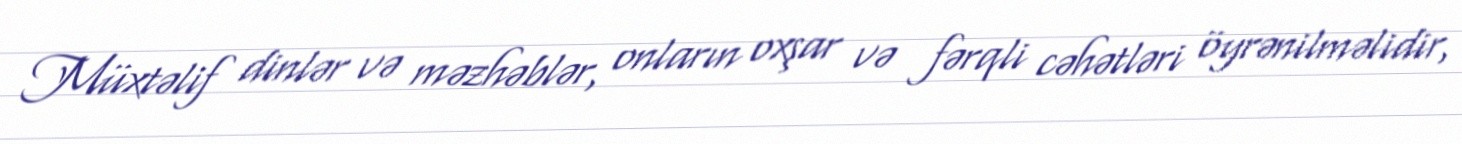
Müxtəlif dinlər və məzhəblər, onların oxşar və fərqli cəhətləri öyrənilməlidir,